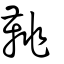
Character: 鞉